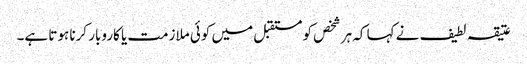
عتیقہ لطیف نے کہا کہ ہر شخص کو مستقبل میں کوئی ملازمت یا کاروبار کرنا ہوتا ہے۔